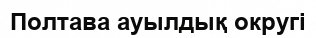
Полтава ауылдық округі